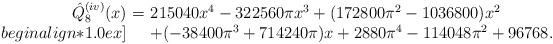
LaTeX: \begin{align*}\begin{array}{rcl}\hat {Q}_8^{(iv)}(x)\!\!&\!=\!&\!\! 215040 x^4-322560\pi x^3+(172800\pi^2-1036800) x^2\\begin{align*}1.0 ex]\!\!&\! \!&\!\! +(-38400\pi^3+714240\pi) x+2880\pi^4-114048\pi^2+96768.\end{array}\end{align*}